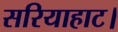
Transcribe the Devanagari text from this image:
सरियाहाट।